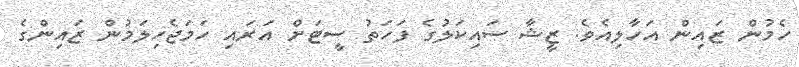
ހެމުން ޒައިން އަހާލިއެވެ. ޒީޝާ ސައިކަލުގެ ފަހަތު ސީޓަށް އަރައި ހަމަޖެހިލަމުން ޒައިންގެ